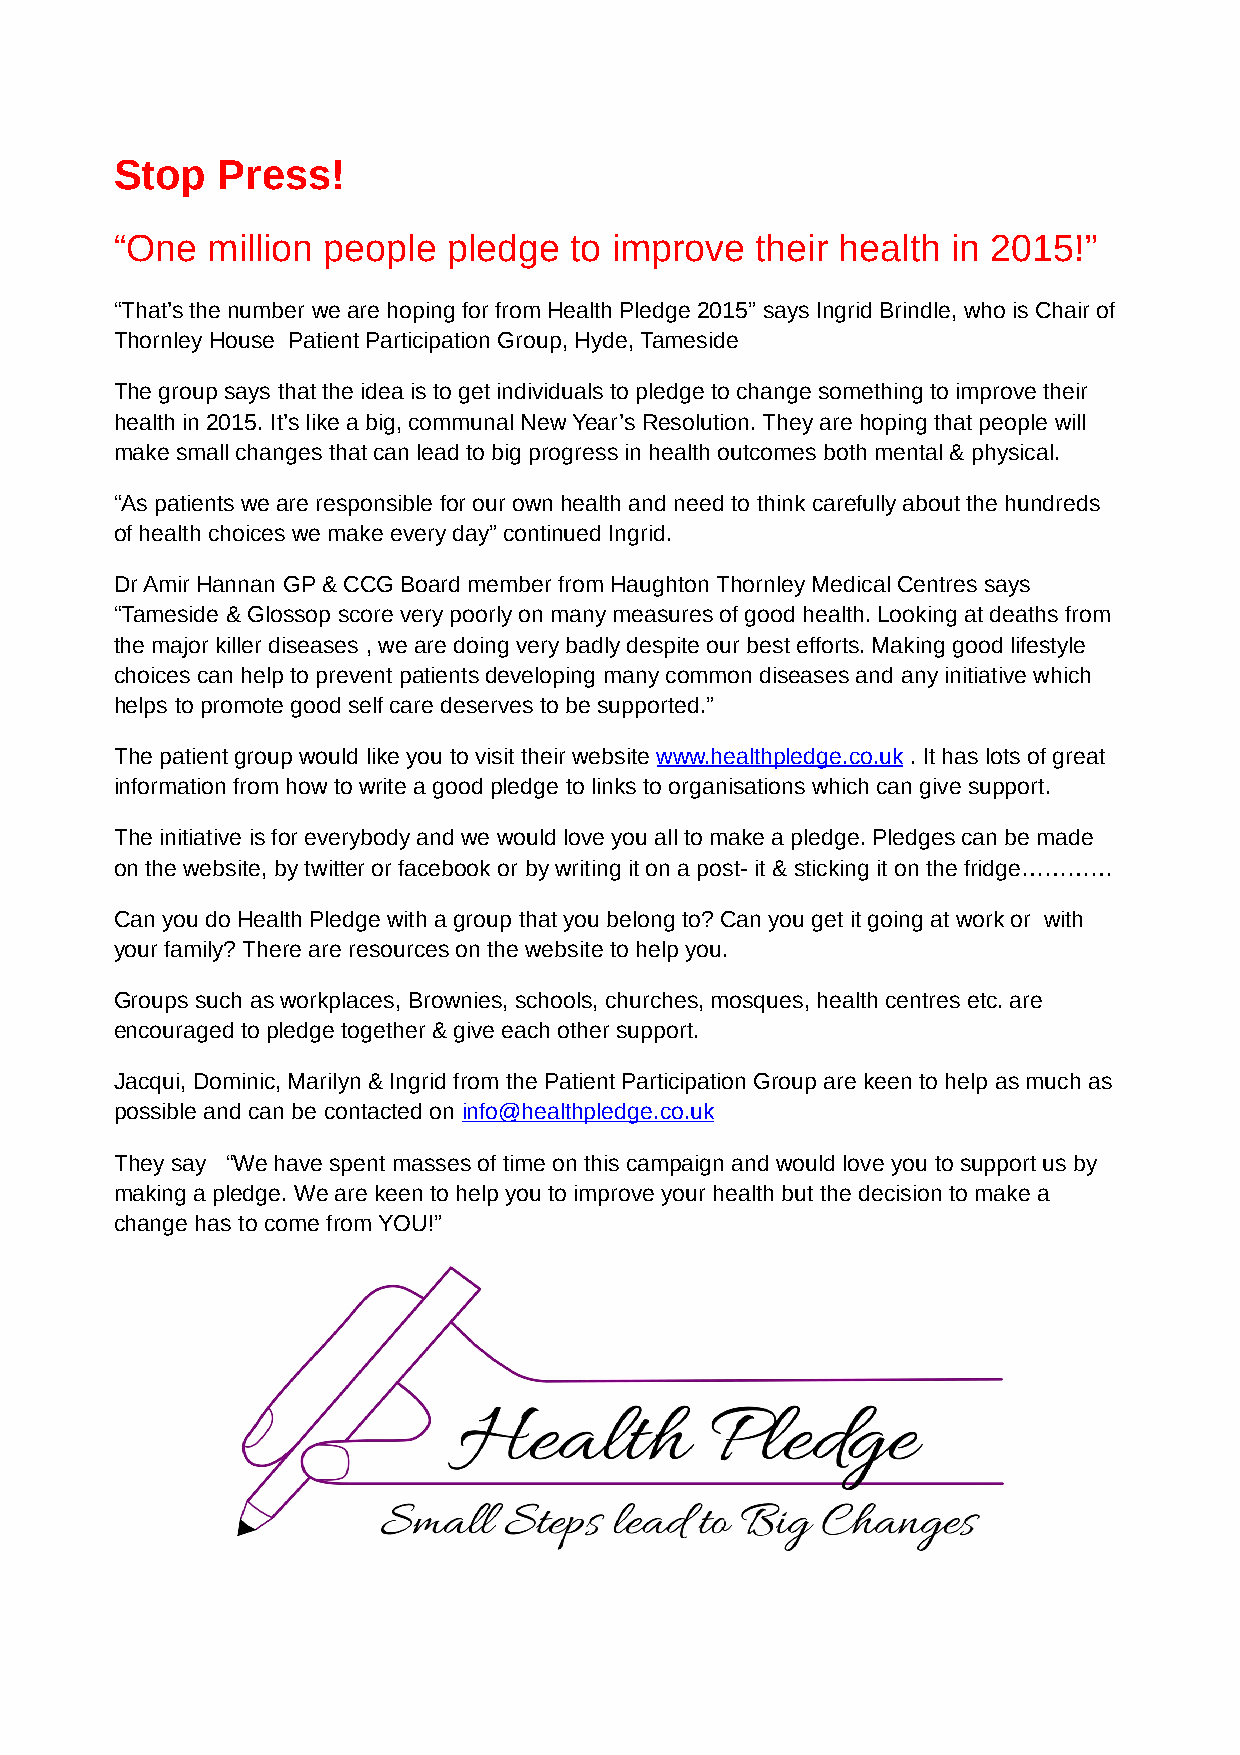
Stop  Press!
 “One  million people  pledge  to improve  their health in 2015!”
 “That’s the number we are hoping for from Health Pledge 2015” says Ingrid Brindle, who is Chair of
 Thornley House Patient Participation Group, Hyde, Tameside
 The group says that the idea is to get individuals to pledge to change something to improve their
 health in 2015. It’s like a big, communal New Year’s Resolution. They are hoping that people will
 make small changes that can lead to big progress in health outcomes both mental & physical.
 “As patients we are responsible for our own health and need to think carefully about the hundreds
 of health choices we make every day” continued Ingrid.
 Dr Amir Hannan GP & CCG Board member from Haughton Thornley Medical Centres says
 “Tameside & Glossop score very poorly on many measures of good health. Looking at deaths from
 the major killer diseases , we are doing very badly despite our best efforts. Making good lifestyle
 choices can help to prevent patients developing many common diseases and any initiative which
 helps to promote good self care deserves to be supported.”
 The patient group would like you to visit their website www.healthpledge.co.uk . It has lots of great
 information from how to write a good pledge to links to organisations which can give support.
 The initiative is for everybody and we would love you all to make a pledge. Pledges can be made
 on the website, by twitter or facebook or by writing it on a post- it & sticking it on the fridge…………
 Can you do Health Pledge with a group that you belong to? Can you get it going at work or with
 your family? There are resources on the website to help you.
 Groups such as workplaces, Brownies, schools, churches, mosques, health centres etc. are
 encouraged to pledge together & give each other support.
 Jacqui, Dominic, Marilyn & Ingrid from the Patient Participation Group are keen to help as much as
 possible and can be contacted on info@healthpledge.co.uk
 They say “We have spent masses of time on this campaign and would love you to support us by
 making a pledge. We are keen to help you to improve your health but the decision to make a
 change has to come from YOU!”